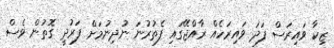
ޒިކާ ވައިރަސް ފަދަ ވައިރަހެއް ރާއްޖޭގައި ފެތުރުނަ ނުދިނުމަށް ފަރުދީ ގޮތުން ވެސް